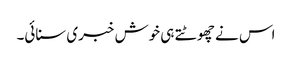
اس نے چھوٹتے ہی خوش خبری سنائی۔